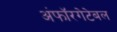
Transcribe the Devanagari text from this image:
अंफॉरगेटेबल